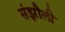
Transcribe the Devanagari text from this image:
संझौली